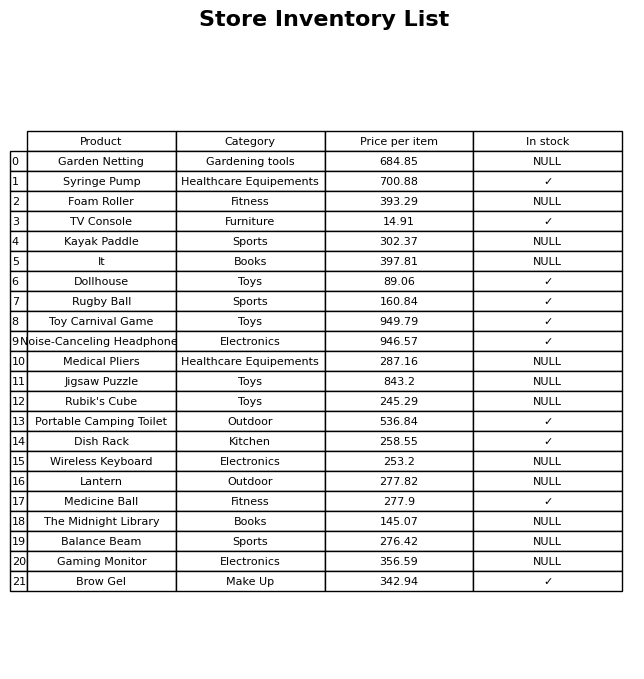
question: What is the price for Syringe Pump?
answer: The price of Syringe Pump is 700.88.